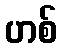
ဟစ်